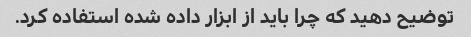
توضیح دهید که چرا باید از ابزار داده شده استفاده کرد.